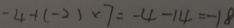
- 4 + ( - 2 ) \times 7 = - 4 - 1 4 = - 1 8